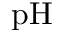
\mathrm { p H }